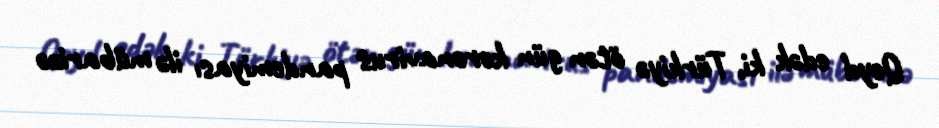
Qeyd edək ki, Türkiyə ötən gün koronavirus pandemiyası ilə mübarizə